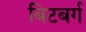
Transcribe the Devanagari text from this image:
बिटबर्ग